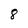
Character: 8